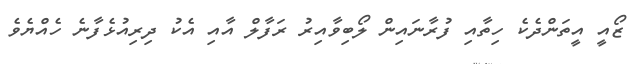
ޒޯއީ އީތަންދެކެ ހިތާއި ފުރާނައިން ލޯބިވާއިރު ރަފާލް އާއި އެކު ދިރިއުޅެފާނެ ހެއްޔެވެ